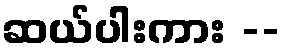
ဆယ်ပါးကား --